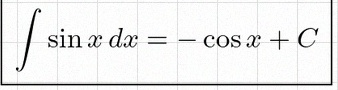
\int \sin x\,dx=-\cos x+C